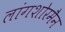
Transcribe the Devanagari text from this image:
लांगशोरमैन